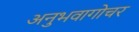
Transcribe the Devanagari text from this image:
अनुभवागोचर